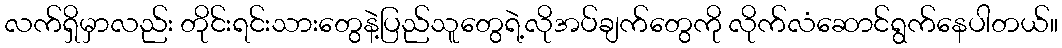
လက်ရှိမှာလည်း တိုင်းရင်းသားတွေနဲ့ပြည်သူတွေရဲ့လိုအပ်ချက်တွေကို လိုက်လံဆောင်ရွက်နေပါတယ်။